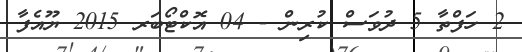
2 ހަފްތާ 5 ދުވަސް ކުރިން - 04 އޮކްޓޯބަރ 2015 ޔޫއެފާ